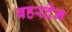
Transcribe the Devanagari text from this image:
बहरदेन